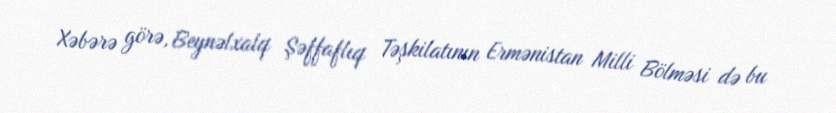
Xəbərə görə, Beynəlxalq Şəffaflıq Təşkilatının Ermənistan Milli Bölməsi də bu